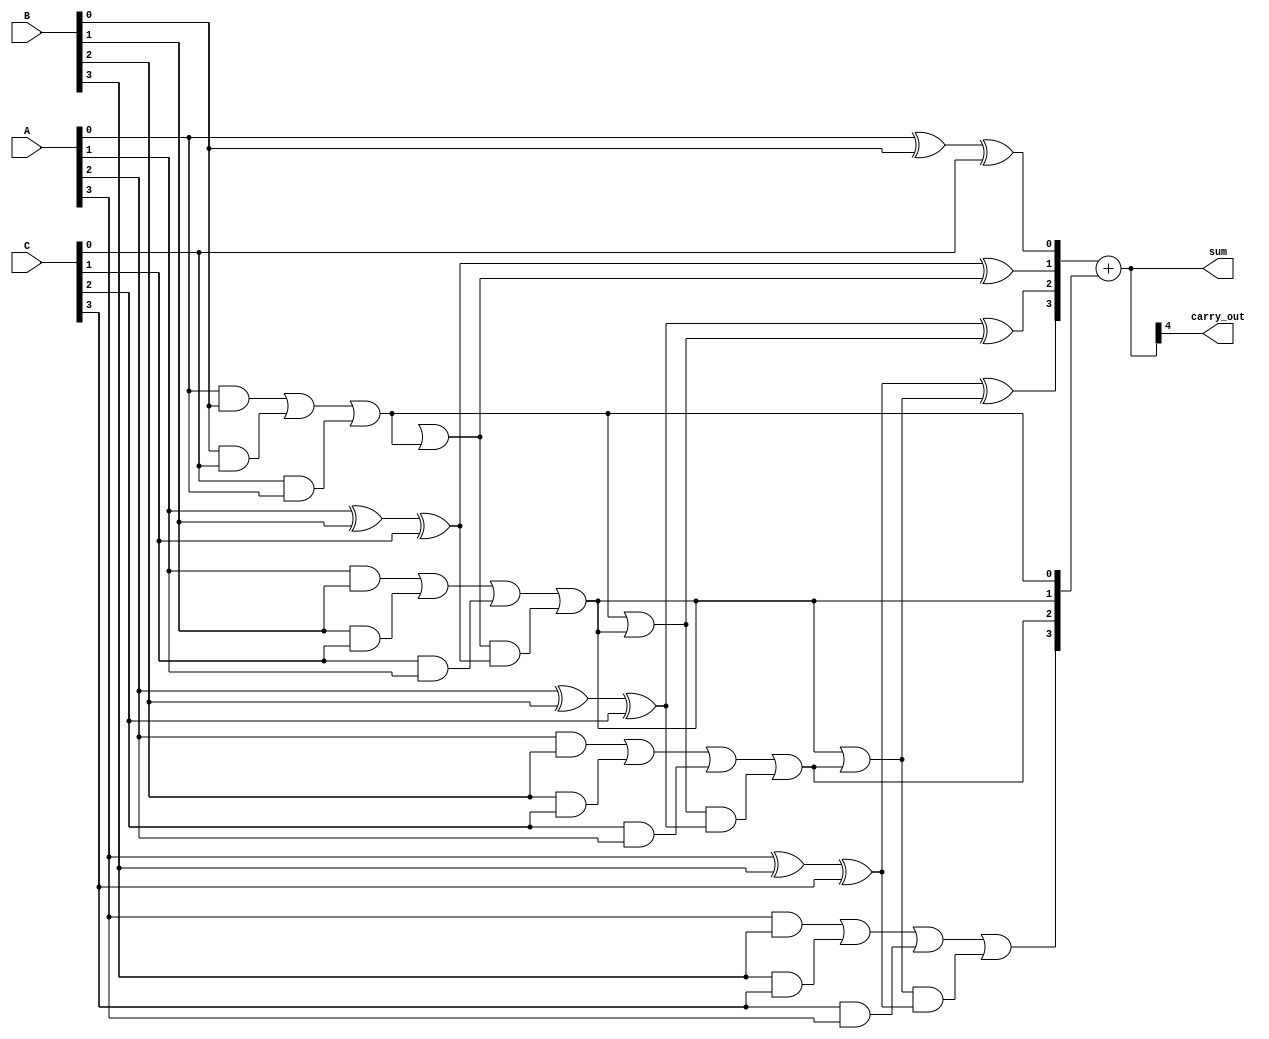
module CarrySaveAdder(
    input [N-1:0] A, // First input number
    input [N-1:0] B, // Second input number
    input [N-1:0] C, // Third input number
    output [N:0] sum, // Final output sum (N bits + carry-out)
    output carry_out // Final carry-out
);
    parameter N = 4; // Number of bits in each input number

    wire [N-1:0] S; // Sum outputs from full adders
    wire [N-1:0] C_out; // Carry outputs from full adders
    wire [N-1:0] carry; // Carries for final addition

    // Generate full adders
    genvar i;
    generate
        for (i = 0; i < N; i = i + 1) begin : full_adder
            if (i == 0) begin
                // First stage full adder
                assign S[i] = A[i] ^ B[i] ^ C[i]; // Sum
                assign C_out[i] = (A[i] & B[i]) | (B[i] & C[i]) | (C[i] & A[i]); // Carry
            end else begin
                // Subsequent stages full adders
                assign S[i] = A[i] ^ B[i] ^ C[i] ^ carry[i-1]; // Sum
                assign C_out[i] = (A[i] & B[i]) | (B[i] & C[i]) | (C[i] & A[i]) | (carry[i-1] & (A[i] ^ B[i] ^ C[i])); // Carry
            end
            assign carry[i] = C_out[i-1] | C_out[i]; // Propagate carry
        end
    endgenerate

    // Final addition of the sum and carry outputs
    wire [N:0] final_sum; // Final sum after resolving carries
    assign final_sum = {1'b0, S} + {1'b0, C_out};

    assign sum = final_sum; // Final output sum
    assign carry_out = final_sum[N]; // Final carry-out

endmodule